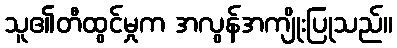
သူ၏တီထွင်မှုက အလွန်အကျိုးပြုသည်။